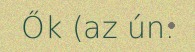
Ők (az ún.